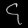
Digit: ၄